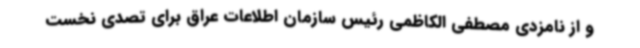
و از نامزدی مصطفی الکاظمی رئیس سازمان اطلاعات عراق برای تصدی نخست